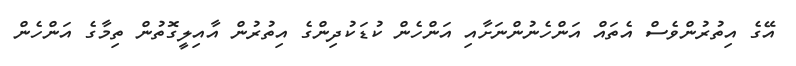
އޭގެ އިތުރުންވެސް އެތައް އަންހެނުންނަށާއި އަންހެން ކުޑަކުދިންގެ އިތުރުން އާއިލީގޮތުން ތިމާގެ އަންހެން